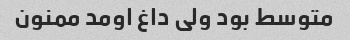
متوسط بود ولی داغ اومد ممنون